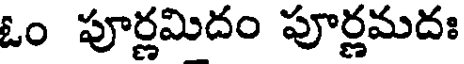
ఓం పూర్ణమిదం పూర్ణమదః